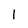
Character: 1